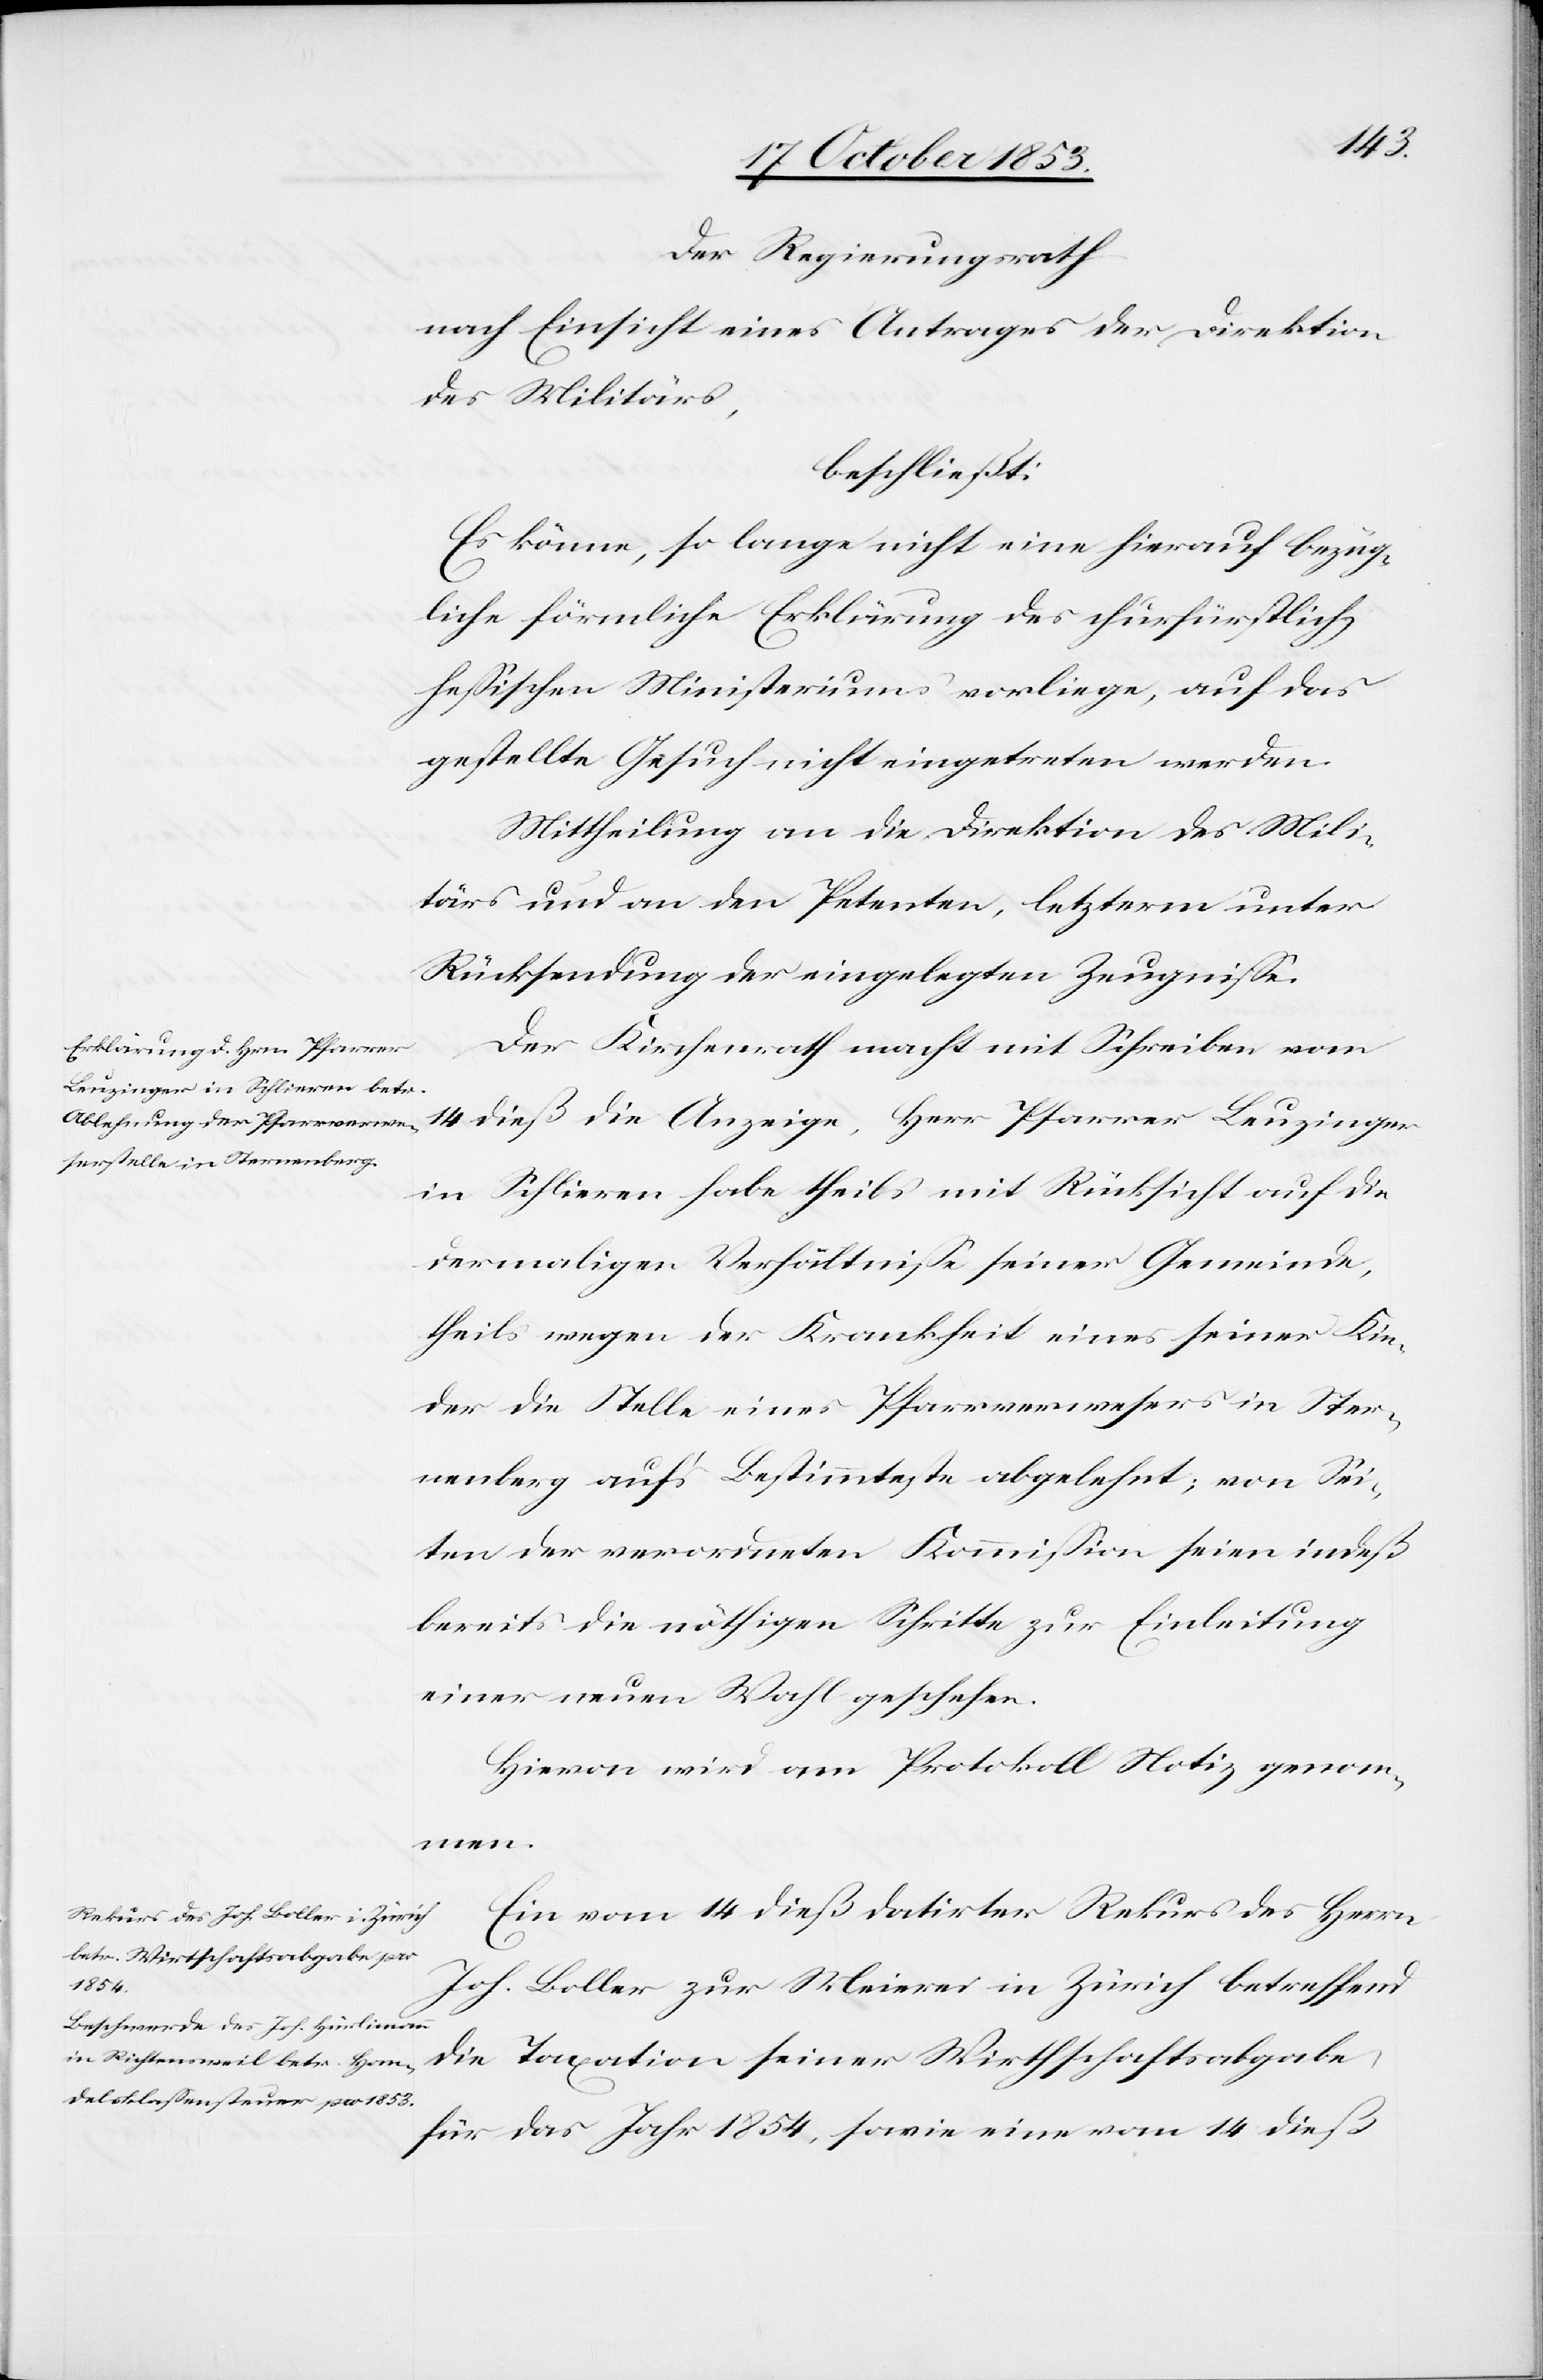
Der Regierungsrath
nach Einsicht eines Antrages der Direktion
des Militärs,
beschließt:
Es könne, so lange nicht eine hierauf bezüg¬
liche förmliche Erklärung des churfürstlich[e¬
n]-heßischen Ministeriums vorliege, auf das
gestellte Gesuch nicht eingetreten werden.
Mittheilung an die Direktion des Mili¬
tärs und an den Petenten, letzterm unter
Rücksendung der eingelegten Zeugniße.
Der Kirchenrath macht mit Schreiben vom
14 dieß die Anzeige, Herr Pfarrer Beuzinger
in Schlieren habe theils mit Rücksicht auf die
dermaligen Verhältniße seiner Gemeinde,
theils wegen der Krankheit einer seiner Kin¬
der die Stelle eines Pfarrverwesers in Ster¬
nenberg auf’s Bestimmteste abgelehnt; von Sei¬
ten der verordneten Kommißion seien indeß
bereits die nöthigen Schritte zur Einleitung
einer neuen Wahl geschehen.
Hievon wird am Protokoll Notiz genom¬
men.
Ein vom 14 dieß datirter Rekurs des Herrn
Joh. Boller zur Meierer in Zürich betreffend
die Taxation seiner Wirthschaftsabgabe,
für das Jahr 1854, sowie eine vom 14 dieß